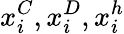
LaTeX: x_{i}^{C},x_{i}^{D},x_{i}^{h}